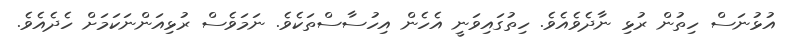
އުޅުނަސް ހިތުން ރުޅި ނާދެވެއެވެ. ހިތުގައިވަނީ އެހެން އިހުސާސްތަކެވެ. ނަމަވެސް ރުޅިއަންނަކަމަށް ހެދެއެވެ.